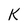
Character: K